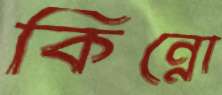
কিন্নো